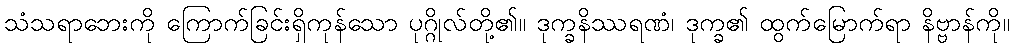
သံသရာဘေးကို ကြောက်ခြင်းရှိကုန်သော ပုဂ္ဂိုလ်တို့၏။ ဒုက္ခနိဿရဏံ၊ ဒုက္ခ၏ ထွက်မြောက်ရာ နိဗ္ဗာန်ကို။